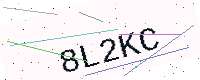
Text: 8L2KC